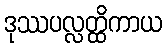
ဒုဿပလ္လတ္ထိကာယ